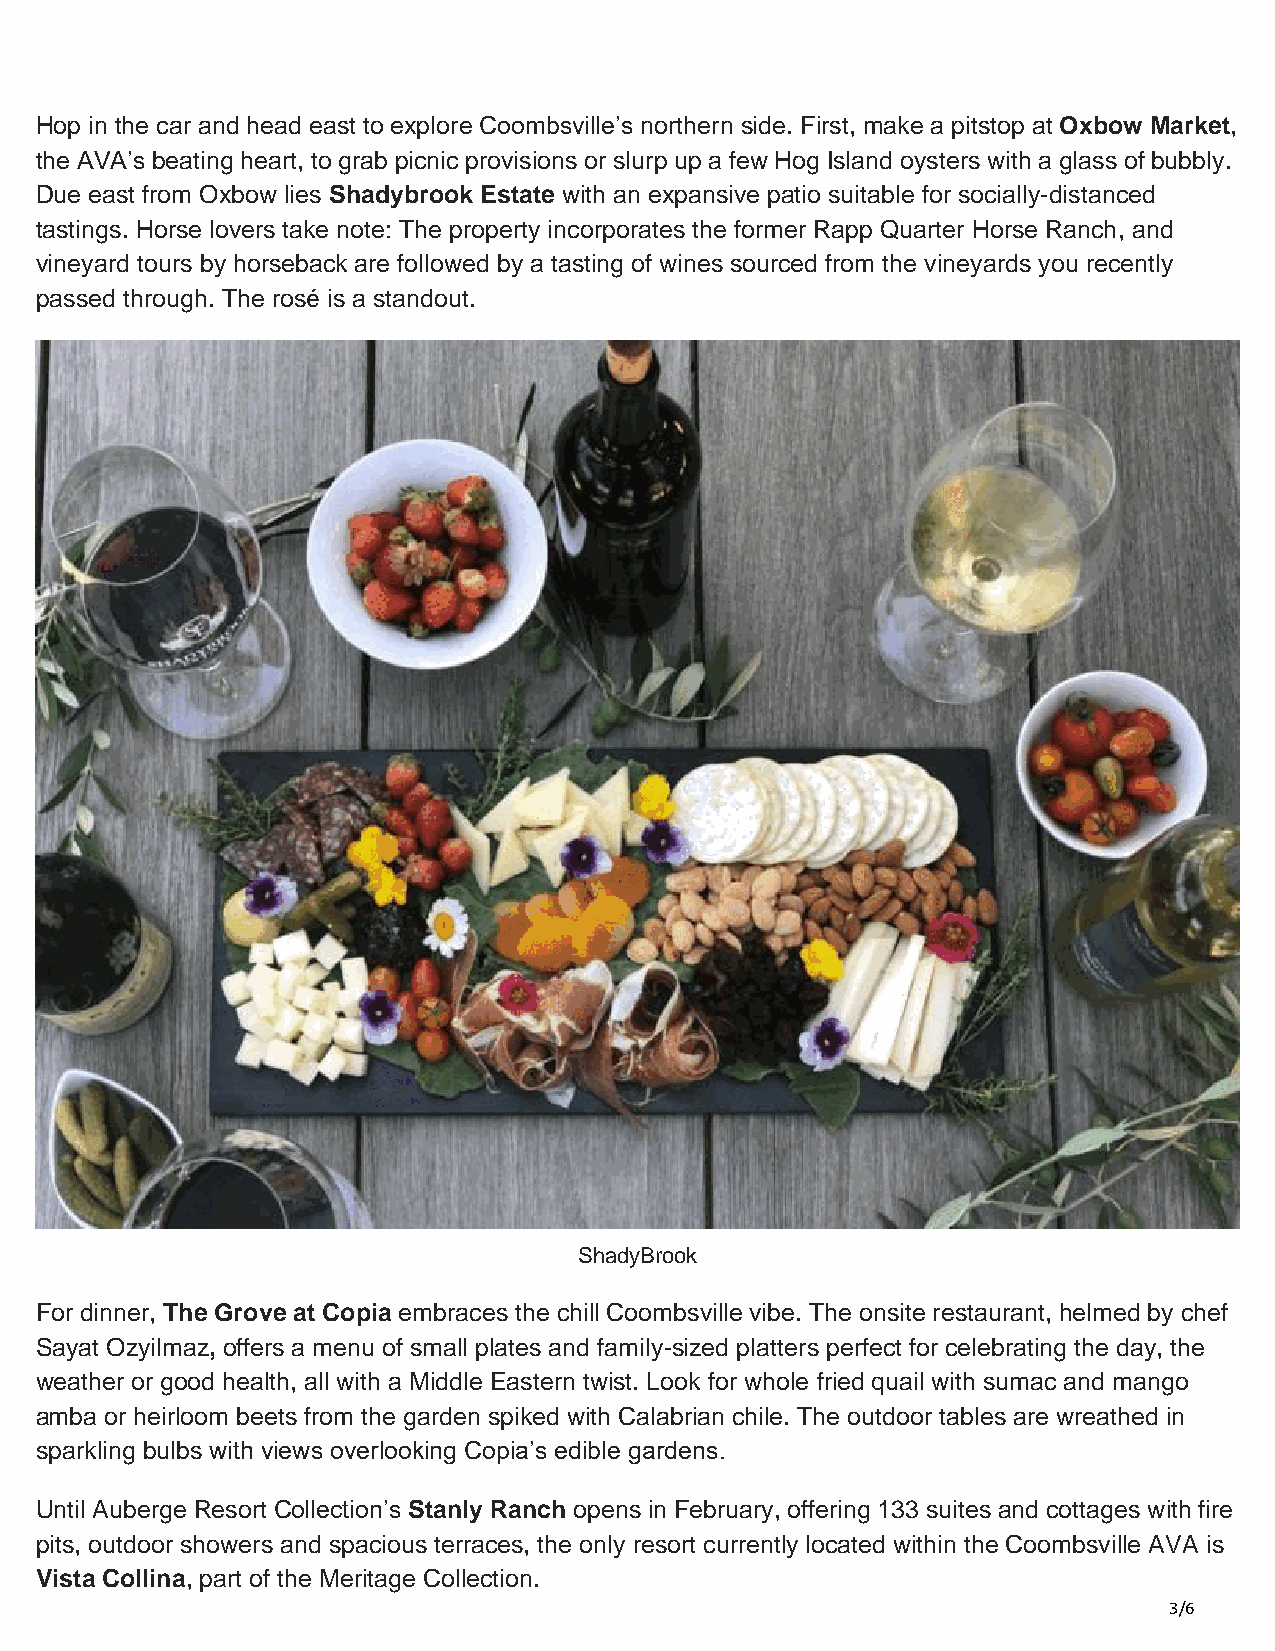
Hop in the car and head east to explore Coombsville’s northern side. First, make a pitstop at Oxbow Market,
 the AVA’s beating heart, to grab picnic provisions or slurp up a few Hog Island oysters with a glass of bubbly.
 Due east from Oxbow lies Shadybrook Estate with an expansive patio suitable for socially-distanced
 tastings. Horse lovers take note: The property incorporates the former Rapp Quarter Horse Ranch, and
 vineyard tours by horseback are followed by a tasting of wines sourced from the vineyards you recently
 passed through. The rosé is a standout.
 ShadyBrook
 For dinner, The Grove at Copia embraces the chill Coombsville vibe. The onsite restaurant, helmed by chef
 Sayat Ozyilmaz, offers a menu of small plates and family-sized platters perfect for celebrating the day, the
 weather or good health, all with a Middle Eastern twist. Look for whole fried quail with sumac and mango
 amba or heirloom beets from the garden spiked with Calabrian chile. The outdoor tables are wreathed in
 sparkling bulbs with views overlooking Copia’s edible gardens.
 Until Auberge Resort Collection’s Stanly Ranch opens in February, offering 133 suites and cottages with fire
 pits, outdoor showers and spacious terraces, the only resort currently located within the Coombsville AVA is
 Vista Collina, part of the Meritage Collection.
 3/6